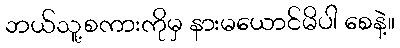
ဘယ်သူ့စကားကိုမှ နားမယောင်မိပါ စေနဲ့။